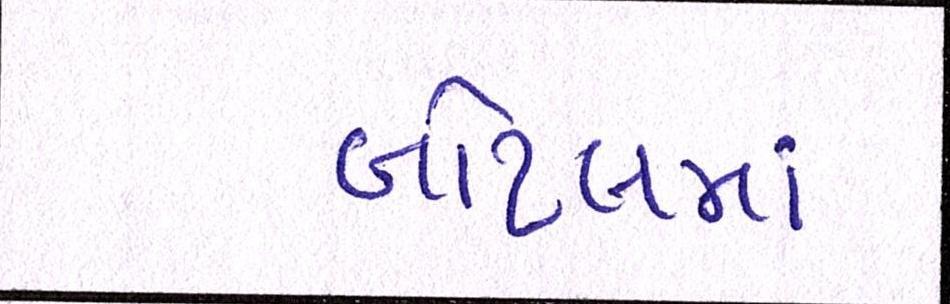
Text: બોટલમાં